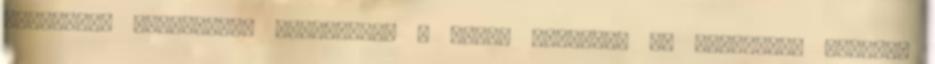
utódaként emlegetik. Legutóbbi, s immár magyarul is olvasható kötete,